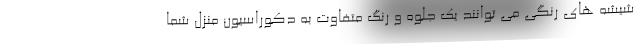
شیشه های رنگی می توانند یک جلوه و رنگ متفاوت به دکوراسیون منزل شما